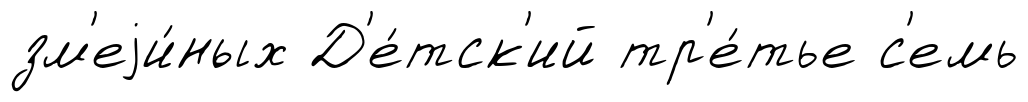
зм'еjи́ных Д'е́тск'ий тр'е́тье с'емь